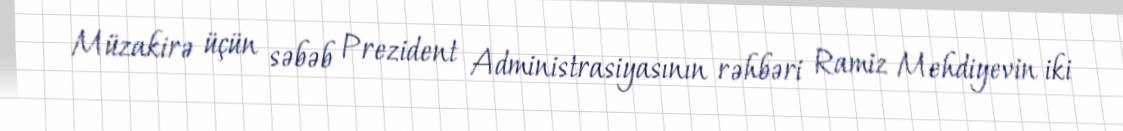
Müzakirə üçün səbəb Prezident Administrasiyasının rəhbəri Ramiz Mehdiyevin iki